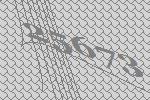
25673